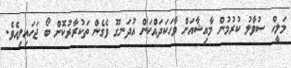
މަލީހް ސުވާލު ކުރުމުން މާއިޝާއަށް ވާހަކަދައްކަން އުދަނގޫ ވެގެން ތަކުރާރުކޮށް ބޯ ޖަހައިލިއެވެ.